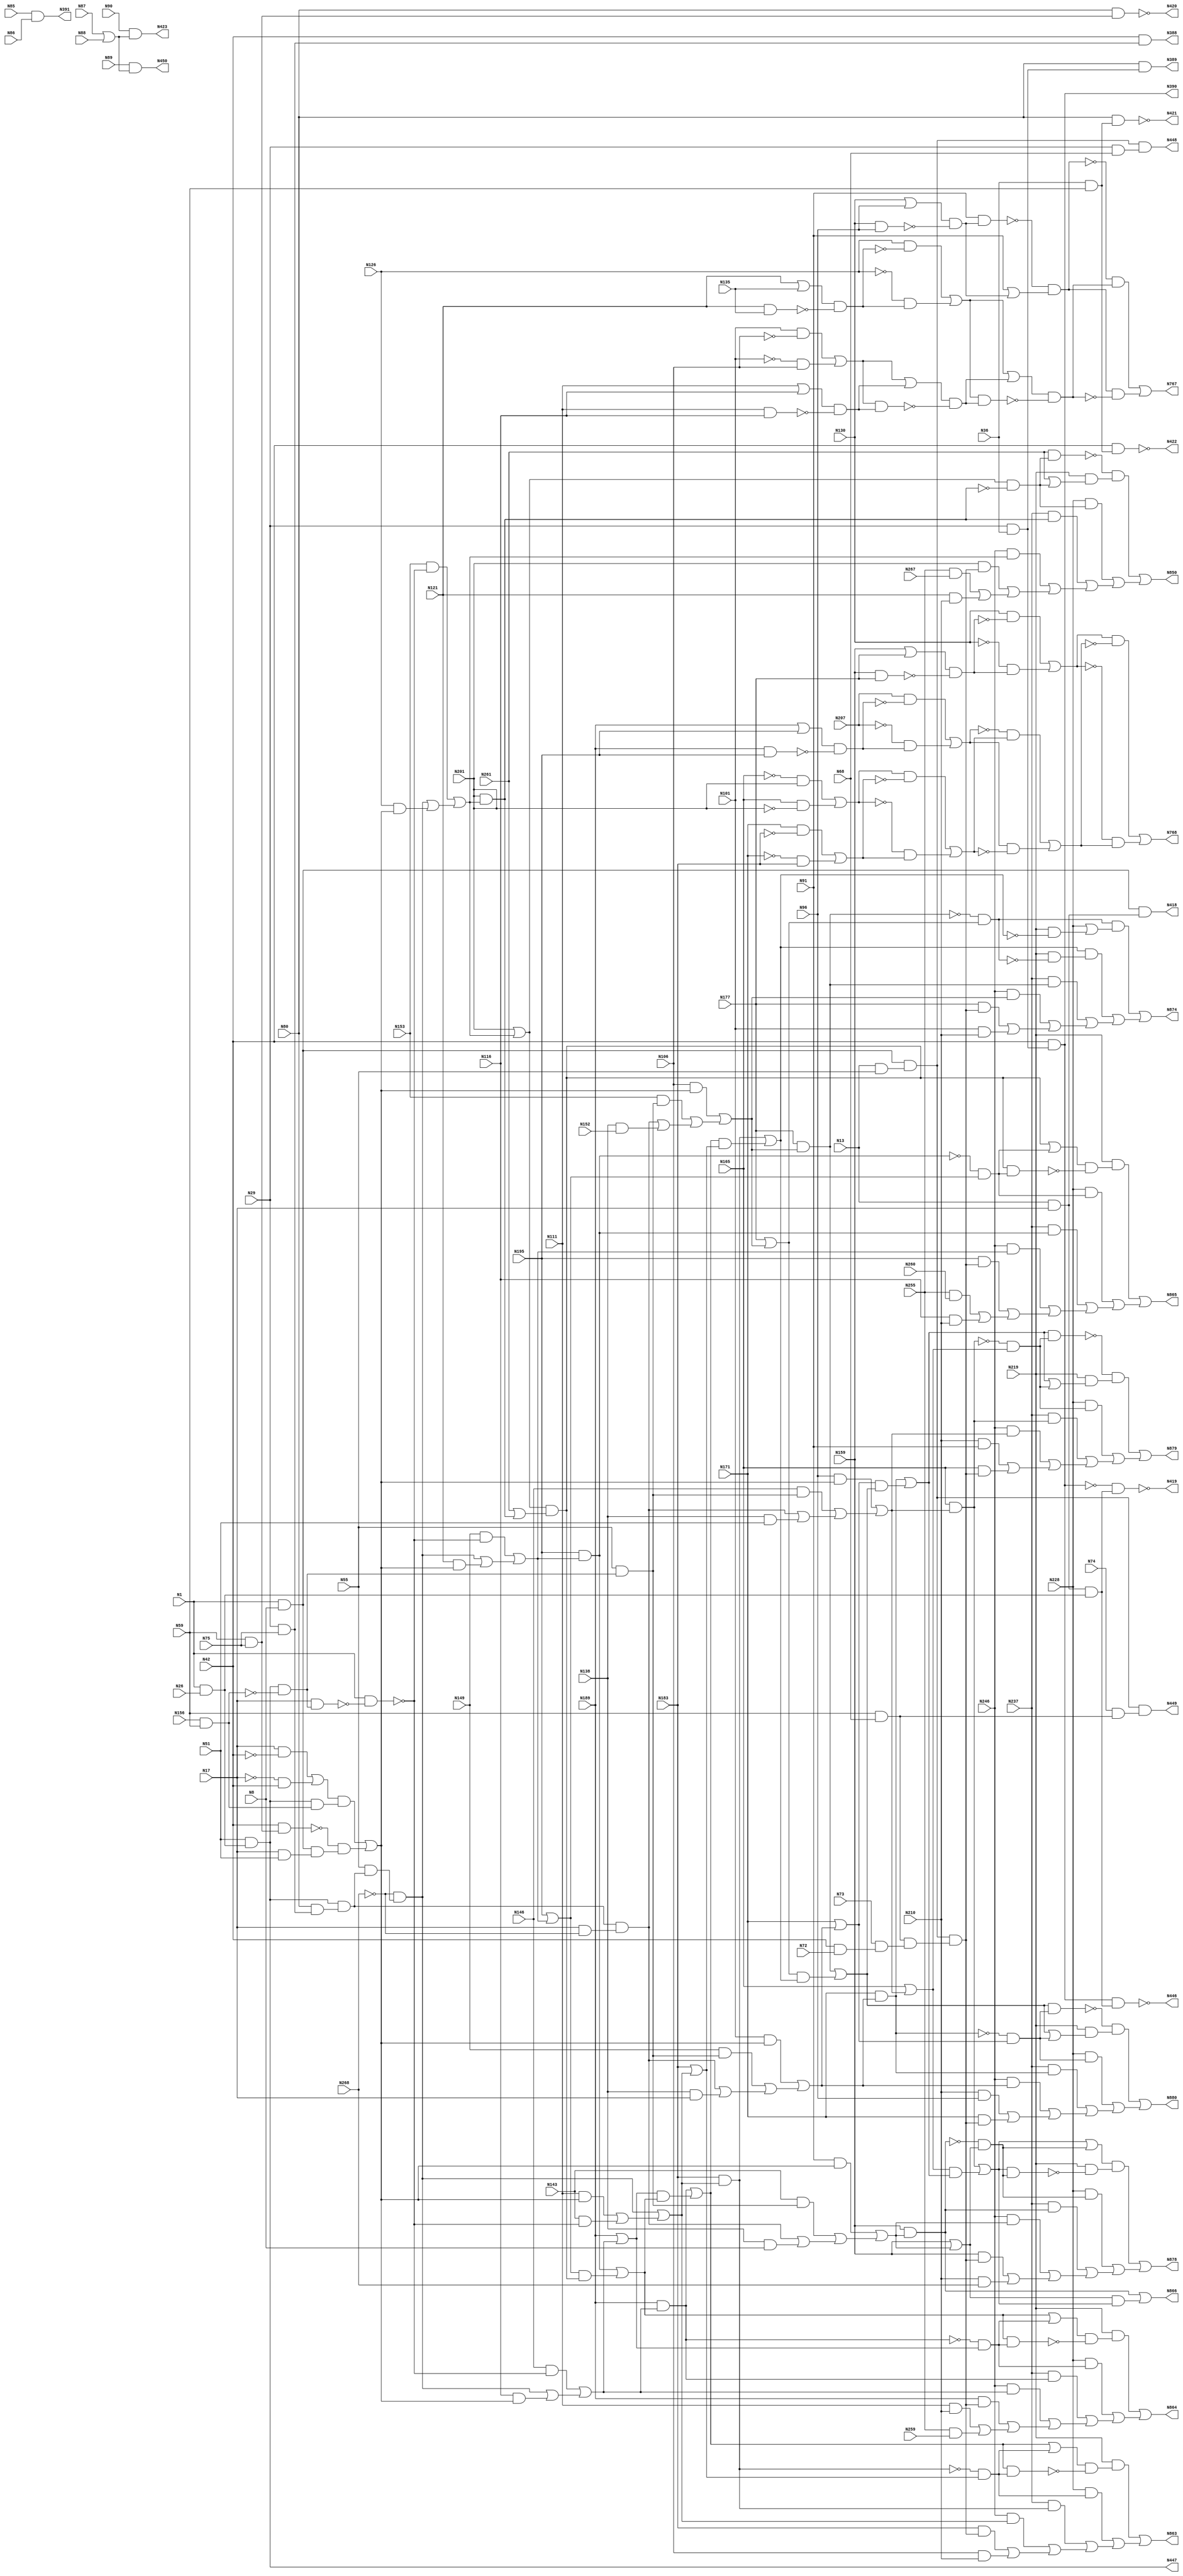
module top( N1 , N101 , N106 , N111 , N116 , N121 , N126 , N13 , N130 , N135 , N138 , N143 , N146 , N149 , N152 , N153 , N156 , N159 , N165 , N17 , N171 , N177 , N183 , N189 , N195 , N201 , N207 , N210 , N219 , N228 , N237 , N246 , N255 , N259 , N26 , N260 , N261 , N267 , N268 , N29 , N36 , N42 , N51 , N55 , N59 , N68 , N72 , N73 , N74 , N75 , N8 , N80 , N85 , N86 , N87 , N88 , N89 , N90 , N91 , N96 , N388 , N389 , N390 , N391 , N418 , N419 , N420 , N421 , N422 , N423 , N446 , N447 , N448 , N449 , N450 , N767 , N768 , N850 , N863 , N864 , N865 , N866 , N874 , N878 , N879 , N880 );
  input N1 , N101 , N106 , N111 , N116 , N121 , N126 , N13 , N130 , N135 , N138 , N143 , N146 , N149 , N152 , N153 , N156 , N159 , N165 , N17 , N171 , N177 , N183 , N189 , N195 , N201 , N207 , N210 , N219 , N228 , N237 , N246 , N255 , N259 , N26 , N260 , N261 , N267 , N268 , N29 , N36 , N42 , N51 , N55 , N59 , N68 , N72 , N73 , N74 , N75 , N8 , N80 , N85 , N86 , N87 , N88 , N89 , N90 , N91 , N96 ;
  output N388 , N389 , N390 , N391 , N418 , N419 , N420 , N421 , N422 , N423 , N446 , N447 , N448 , N449 , N450 , N767 , N768 , N850 , N863 , N864 , N865 , N866 , N874 , N878 , N879 , N880 ;
  wire n61 , n62 , n63 , n64 , n65 , n66 , n67 , n68 , n69 , n70 , n71 , n72 , n73 , n74 , n75 , n76 , n77 , n78 , n79 , n80 , n81 , n82 , n83 , n84 , n85 , n86 , n87 , n88 , n89 , n90 , n91 , n92 , n93 , n94 , n95 , n96 , n97 , n98 , n99 , n100 , n101 , n102 , n103 , n104 , n105 , n106 , n107 , n108 , n109 , n110 , n111 , n112 , n113 , n114 , n115 , n116 , n117 , n118 , n119 , n120 , n121 , n122 , n123 , n124 , n125 , n126 , n127 , n128 , n129 , n130 , n131 , n132 , n133 , n134 , n135 , n136 , n137 , n138 , n139 , n140 , n141 , n142 , n143 , n144 , n145 , n146 , n147 , n148 , n149 , n150 , n151 , n152 , n153 , n154 , n155 , n156 , n157 , n158 , n159 , n160 , n161 , n162 , n163 , n164 , n165 , n166 , n167 , n168 , n169 , n170 , n171 , n172 , n173 , n174 , n175 , n176 , n177 , n178 , n179 , n180 , n181 , n182 , n183 , n184 , n185 , n186 , n187 , n188 , n189 , n190 , n191 , n192 , n193 , n194 , n195 , n196 , n197 , n198 , n199 , n200 , n201 , n202 , n203 , n204 , n205 , n206 , n207 , n208 , n209 , n210 , n211 , n212 , n213 , n214 , n215 , n216 , n217 , n218 , n219 , n220 , n221 , n222 , n223 , n224 , n225 , n226 , n227 , n228 , n229 , n230 , n231 , n232 , n233 , n234 , n235 , n236 , n237 , n238 , n239 , n240 , n241 , n242 , n243 , n244 , n245 , n246 , n247 , n248 , n249 , n250 , n251 , n252 , n253 , n254 , n255 , n256 , n257 , n258 , n259 , n260 , n261 , n262 , n263 , n264 , n265 , n266 , n267 , n268 , n269 , n270 , n271 , n272 , n273 , n274 , n275 , n276 , n277 , n278 , n279 , n280 , n281 , n282 , n283 , n284 , n285 , n286 , n287 , n288 , n289 , n290 , n291 , n292 , n293 , n294 , n295 , n296 , n297 , n298 , n299 , n300 , n301 , n302 , n303 , n304 , n305 , n306 , n307 , n308 , n309 , n310 , n311 , n312 , n313 , n314 , n315 , n316 , n317 , n318 , n319 , n320 , n321 , n322 , n323 , n324 , n325 , n326 , n327 , n328 , n329 , n330 , n331 , n332 , n333 , n334 , n335 , n336 , n337 , n338 , n339 , n340 , n341 , n342 , n343 , n344 , n345 , n346 , n347 , n348 , n349 , n350 , n351 , n352 , n353 , n354 , n355 , n356 , n357 , n358 , n359 , n360 , n361 , n362 , n363 , n364 , n365 , n366 ;
  assign n61 = N29 & N75 ;
  assign n62 = N42 & n61 ;
  assign n63 = N29 & N36 ;
  assign n64 = N80 & n63 ;
  assign n65 = N42 & n63 ;
  assign n66 = N85 & N86 ;
  assign n67 = N1 & N8 ;
  assign n68 = N13 & N17 ;
  assign n69 = n67 & n68 ;
  assign n70 = N1 & N26 ;
  assign n71 = n68 & n70 ;
  assign n72 = ~n65 & n71 ;
  assign n73 = N59 & N75 ;
  assign n74 = N80 & n73 ;
  assign n75 = N36 & N59 ;
  assign n76 = N80 & n75 ;
  assign n77 = N42 & n75 ;
  assign n78 = N87 | N88 ;
  assign n79 = N90 & n78 ;
  assign n80 = n65 & n71 ;
  assign n81 = N51 & n70 ;
  assign n82 = N13 & N55 ;
  assign n83 = n67 & n82 ;
  assign n84 = N29 & N68 ;
  assign n85 = n83 & n84 ;
  assign n86 = N59 & N68 ;
  assign n87 = N74 & n86 ;
  assign n88 = n83 & n87 ;
  assign n89 = N89 & n78 ;
  assign n90 = N130 | N96 ;
  assign n91 = N130 & N96 ;
  assign n92 = n90 & ~n91 ;
  assign n93 = N91 & n92 ;
  assign n94 = N91 | n92 ;
  assign n95 = ~n93 & n94 ;
  assign n96 = N121 | N135 ;
  assign n97 = N121 & N135 ;
  assign n98 = n96 & ~n97 ;
  assign n99 = N126 & ~n98 ;
  assign n100 = ~N126 & n98 ;
  assign n101 = n99 | n100 ;
  assign n102 = N101 & ~N106 ;
  assign n103 = ~N101 & N106 ;
  assign n104 = n102 | n103 ;
  assign n105 = N111 | N116 ;
  assign n106 = N111 & N116 ;
  assign n107 = n105 & ~n106 ;
  assign n108 = n104 | n107 ;
  assign n109 = n104 & n107 ;
  assign n110 = n108 & ~n109 ;
  assign n111 = n101 | n110 ;
  assign n112 = n101 & n110 ;
  assign n113 = n111 & ~n112 ;
  assign n114 = ~n95 & n113 ;
  assign n115 = n95 & ~n113 ;
  assign n116 = n114 | n115 ;
  assign n117 = N159 | N177 ;
  assign n118 = N159 & N177 ;
  assign n119 = n117 & ~n118 ;
  assign n120 = N130 & ~n119 ;
  assign n121 = ~N130 & n119 ;
  assign n122 = n120 | n121 ;
  assign n123 = N189 | N195 ;
  assign n124 = N189 & N195 ;
  assign n125 = n123 & ~n124 ;
  assign n126 = N207 & ~n125 ;
  assign n127 = ~N207 & n125 ;
  assign n128 = n126 | n127 ;
  assign n129 = ~N165 & N201 ;
  assign n130 = N165 & ~N201 ;
  assign n131 = n129 | n130 ;
  assign n132 = N171 & ~N183 ;
  assign n133 = ~N171 & N183 ;
  assign n134 = n132 | n133 ;
  assign n135 = n131 & ~n134 ;
  assign n136 = ~n131 & n134 ;
  assign n137 = n135 | n136 ;
  assign n138 = ~n128 & n137 ;
  assign n139 = n128 & ~n137 ;
  assign n140 = n138 | n139 ;
  assign n141 = n122 & ~n140 ;
  assign n142 = ~n122 & n140 ;
  assign n143 = n141 | n142 ;
  assign n144 = N156 & N59 ;
  assign n145 = n81 & ~n144 ;
  assign n146 = N17 & n145 ;
  assign n147 = N1 & ~n146 ;
  assign n148 = N153 & ~n147 ;
  assign n149 = N80 & n61 ;
  assign n150 = n81 & n149 ;
  assign n151 = N55 & n150 ;
  assign n152 = ~N268 & n151 ;
  assign n153 = N17 & ~N42 ;
  assign n154 = ~N17 & N42 ;
  assign n155 = n153 | n154 ;
  assign n156 = n81 & n144 ;
  assign n157 = n155 & n156 ;
  assign n158 = N42 & n73 ;
  assign n159 = N17 & N51 ;
  assign n160 = n67 & n159 ;
  assign n161 = ~n158 & n160 ;
  assign n162 = n157 | n161 ;
  assign n163 = N126 & n162 ;
  assign n164 = n152 | n163 ;
  assign n165 = n148 | n164 ;
  assign n166 = N201 | n165 ;
  assign n167 = N201 & n165 ;
  assign n168 = n166 & ~n167 ;
  assign n169 = N261 & n168 ;
  assign n170 = N261 | n168 ;
  assign n171 = N219 & n170 ;
  assign n172 = ~n169 & n171 ;
  assign n173 = N228 & n168 ;
  assign n174 = N237 & n167 ;
  assign n175 = N246 & n165 ;
  assign n176 = N42 & N72 ;
  assign n177 = N73 & n176 ;
  assign n178 = n86 & n177 ;
  assign n179 = n83 & n178 ;
  assign n180 = N201 & n179 ;
  assign n181 = N255 & N267 ;
  assign n182 = N121 & N210 ;
  assign n183 = n181 | n182 ;
  assign n184 = n180 | n183 ;
  assign n185 = n175 | n184 ;
  assign n186 = n174 | n185 ;
  assign n187 = n173 | n186 ;
  assign n188 = n172 | n187 ;
  assign n189 = N146 & ~n147 ;
  assign n190 = N116 & n162 ;
  assign n191 = n152 | n190 ;
  assign n192 = n189 | n191 ;
  assign n193 = N189 & n192 ;
  assign n194 = N189 | n192 ;
  assign n195 = N149 & ~n147 ;
  assign n196 = N121 & n162 ;
  assign n197 = n152 | n196 ;
  assign n198 = n195 | n197 ;
  assign n199 = N195 & n198 ;
  assign n200 = N195 | n198 ;
  assign n201 = N261 | n167 ;
  assign n202 = n166 & n201 ;
  assign n203 = n200 & n202 ;
  assign n204 = n199 | n203 ;
  assign n205 = n194 & n204 ;
  assign n206 = n193 | n205 ;
  assign n207 = N111 & n162 ;
  assign n208 = N143 & ~n147 ;
  assign n209 = n207 | n208 ;
  assign n210 = n152 | n209 ;
  assign n211 = N183 & n210 ;
  assign n212 = N183 | n210 ;
  assign n213 = ~n211 & n212 ;
  assign n214 = n206 | n213 ;
  assign n215 = n206 & n213 ;
  assign n216 = n214 & ~n215 ;
  assign n217 = N219 & n216 ;
  assign n218 = N228 & n213 ;
  assign n219 = N237 & n211 ;
  assign n220 = N246 & n210 ;
  assign n221 = N183 & n179 ;
  assign n222 = N106 & N210 ;
  assign n223 = n221 | n222 ;
  assign n224 = n220 | n223 ;
  assign n225 = n219 | n224 ;
  assign n226 = n218 | n225 ;
  assign n227 = n217 | n226 ;
  assign n228 = ~n193 & n194 ;
  assign n229 = n204 | n228 ;
  assign n230 = n204 & n228 ;
  assign n231 = n229 & ~n230 ;
  assign n232 = N219 & n231 ;
  assign n233 = N228 & n228 ;
  assign n234 = N237 & n193 ;
  assign n235 = N246 & n192 ;
  assign n236 = N189 & n179 ;
  assign n237 = N111 & N210 ;
  assign n238 = N255 & N259 ;
  assign n239 = n237 | n238 ;
  assign n240 = n236 | n239 ;
  assign n241 = n235 | n240 ;
  assign n242 = n234 | n241 ;
  assign n243 = n233 | n242 ;
  assign n244 = n232 | n243 ;
  assign n245 = ~n199 & n200 ;
  assign n246 = n202 | n245 ;
  assign n247 = n202 & n245 ;
  assign n248 = n246 & ~n247 ;
  assign n249 = N219 & n248 ;
  assign n250 = N228 & n245 ;
  assign n251 = N237 & n199 ;
  assign n252 = N246 & n198 ;
  assign n253 = N195 & n179 ;
  assign n254 = N255 & N260 ;
  assign n255 = N116 & N210 ;
  assign n256 = n254 | n255 ;
  assign n257 = n253 | n256 ;
  assign n258 = n252 | n257 ;
  assign n259 = n251 | n258 ;
  assign n260 = n250 | n259 ;
  assign n261 = n249 | n260 ;
  assign n262 = N91 & n162 ;
  assign n263 = N55 & n145 ;
  assign n264 = N143 & n263 ;
  assign n265 = N17 & ~N268 ;
  assign n266 = n150 & n265 ;
  assign n267 = N138 & N8 ;
  assign n268 = n266 | n267 ;
  assign n269 = n264 | n268 ;
  assign n270 = n262 | n269 ;
  assign n271 = N159 & n270 ;
  assign n272 = N159 | n270 ;
  assign n273 = N96 & n162 ;
  assign n274 = N146 & n263 ;
  assign n275 = N138 & N51 ;
  assign n276 = n266 | n275 ;
  assign n277 = n274 | n276 ;
  assign n278 = n273 | n277 ;
  assign n279 = N165 & n278 ;
  assign n280 = N165 | n278 ;
  assign n281 = N101 & n162 ;
  assign n282 = N149 & n263 ;
  assign n283 = N138 & N17 ;
  assign n284 = n266 | n283 ;
  assign n285 = n282 | n284 ;
  assign n286 = n281 | n285 ;
  assign n287 = N171 & n286 ;
  assign n288 = N171 | n286 ;
  assign n289 = N106 & n162 ;
  assign n290 = N153 & n263 ;
  assign n291 = N138 & N152 ;
  assign n292 = n266 | n291 ;
  assign n293 = n290 | n292 ;
  assign n294 = n289 | n293 ;
  assign n295 = N177 & n294 ;
  assign n296 = N177 | n294 ;
  assign n297 = n206 & n212 ;
  assign n298 = n211 | n297 ;
  assign n299 = n296 & n298 ;
  assign n300 = n295 | n299 ;
  assign n301 = n288 & n300 ;
  assign n302 = n287 | n301 ;
  assign n303 = n280 & n302 ;
  assign n304 = n279 | n303 ;
  assign n305 = n272 & n304 ;
  assign n306 = n271 | n305 ;
  assign n307 = ~n295 & n296 ;
  assign n308 = N219 & ~n298 ;
  assign n309 = N228 | n308 ;
  assign n310 = n307 & n309 ;
  assign n311 = N219 & ~n307 ;
  assign n312 = n298 & n311 ;
  assign n313 = N237 & n295 ;
  assign n314 = N246 & n294 ;
  assign n315 = N177 & n179 ;
  assign n316 = N101 & N210 ;
  assign n317 = n315 | n316 ;
  assign n318 = n314 | n317 ;
  assign n319 = n313 | n318 ;
  assign n320 = n312 | n319 ;
  assign n321 = n310 | n320 ;
  assign n322 = ~n271 & n272 ;
  assign n323 = n304 | n322 ;
  assign n324 = n304 & n322 ;
  assign n325 = N219 & ~n324 ;
  assign n326 = n323 & n325 ;
  assign n327 = N228 & n322 ;
  assign n328 = N237 & n271 ;
  assign n329 = N246 & n270 ;
  assign n330 = N159 & n179 ;
  assign n331 = N210 & N268 ;
  assign n332 = n330 | n331 ;
  assign n333 = n329 | n332 ;
  assign n334 = n328 | n333 ;
  assign n335 = n327 | n334 ;
  assign n336 = n326 | n335 ;
  assign n337 = ~n279 & n280 ;
  assign n338 = n302 & n337 ;
  assign n339 = n302 | n337 ;
  assign n340 = N219 & n339 ;
  assign n341 = ~n338 & n340 ;
  assign n342 = N228 & n337 ;
  assign n343 = N237 & n279 ;
  assign n344 = N246 & n278 ;
  assign n345 = N210 & N91 ;
  assign n346 = N165 & n179 ;
  assign n347 = n345 | n346 ;
  assign n348 = n344 | n347 ;
  assign n349 = n343 | n348 ;
  assign n350 = n342 | n349 ;
  assign n351 = n341 | n350 ;
  assign n352 = ~n287 & n288 ;
  assign n353 = n300 & n352 ;
  assign n354 = n300 | n352 ;
  assign n355 = N219 & n354 ;
  assign n356 = ~n353 & n355 ;
  assign n357 = N228 & n352 ;
  assign n358 = N237 & n287 ;
  assign n359 = N246 & n286 ;
  assign n360 = N210 & N96 ;
  assign n361 = N171 & n179 ;
  assign n362 = n360 | n361 ;
  assign n363 = n359 | n362 ;
  assign n364 = n358 | n363 ;
  assign n365 = n357 | n364 ;
  assign n366 = n356 | n365 ;
  assign N388 = n62 ;
  assign N389 = n64 ;
  assign N390 = n65 ;
  assign N391 = n66 ;
  assign N418 = n69 ;
  assign N419 = ~n72 ;
  assign N420 = ~n74 ;
  assign N421 = ~n76 ;
  assign N422 = ~n77 ;
  assign N423 = n79 ;
  assign N446 = ~n80 ;
  assign N447 = n81 ;
  assign N448 = n85 ;
  assign N449 = n88 ;
  assign N450 = n89 ;
  assign N767 = n116 ;
  assign N768 = n143 ;
  assign N850 = n188 ;
  assign N863 = n227 ;
  assign N864 = n244 ;
  assign N865 = n261 ;
  assign N866 = n306 ;
  assign N874 = n321 ;
  assign N878 = n336 ;
  assign N879 = n351 ;
  assign N880 = n366 ;
endmodule